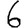
Digit: 6